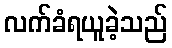
လက်ခံရယူခဲ့သည်